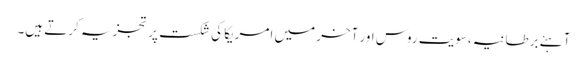
آہئے برطانیہ،سویت روس اور آخر میں امریکا کی شکست پر تجزیہ کرتے ہیں۔